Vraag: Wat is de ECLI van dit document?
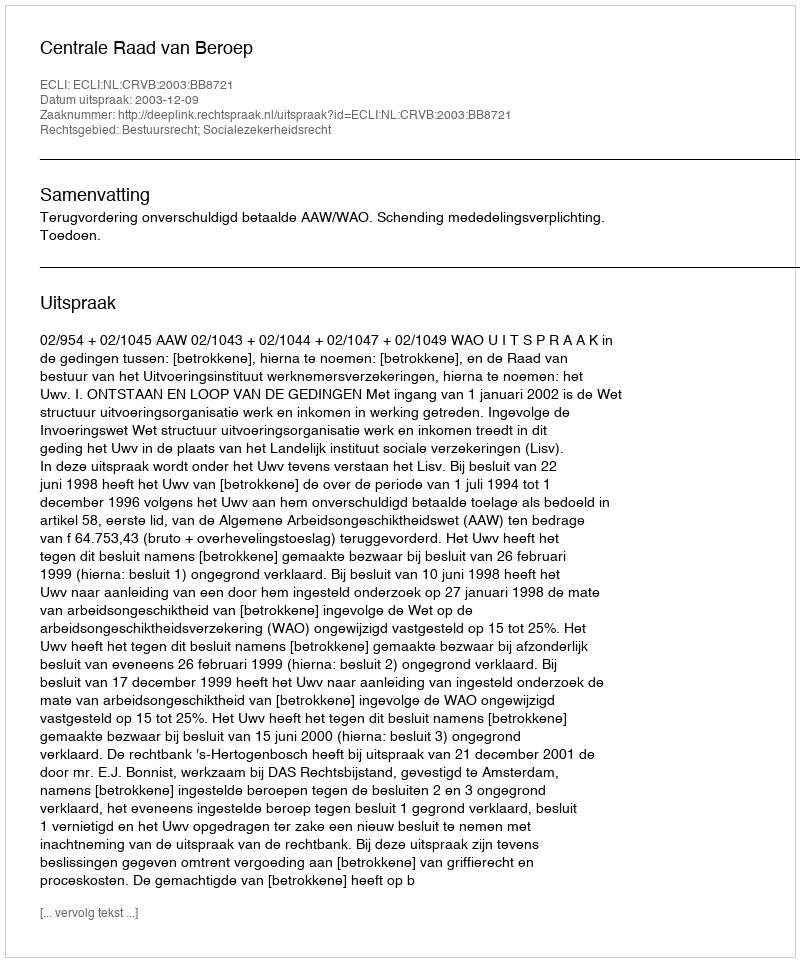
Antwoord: ECLI:NL:CRVB:2003:BB8721